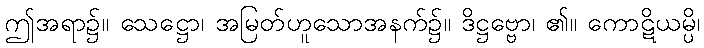
ဤအရာ၌။ သေဋ္ဌော၊ အမြတ်ဟူသောအနက်၌။ ဒိဋ္ဌဗ္ဗော၊ ၏။ ကောဋိယမ္ပိ၊